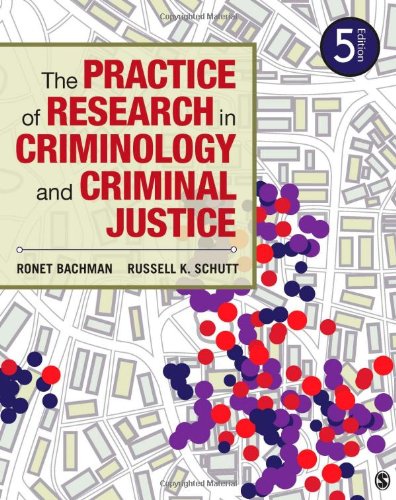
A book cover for The Practice of Research in Criminology and Criminal Justice; Ronet D. Bachman; Politics & Social Sciences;